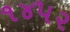
૧૪૫૨